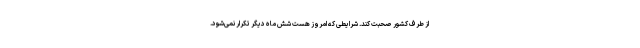
از طرف کشور صحبت کند. شرایطی که امروز هست شش ماه دیگر تکرار نمی‌شود.